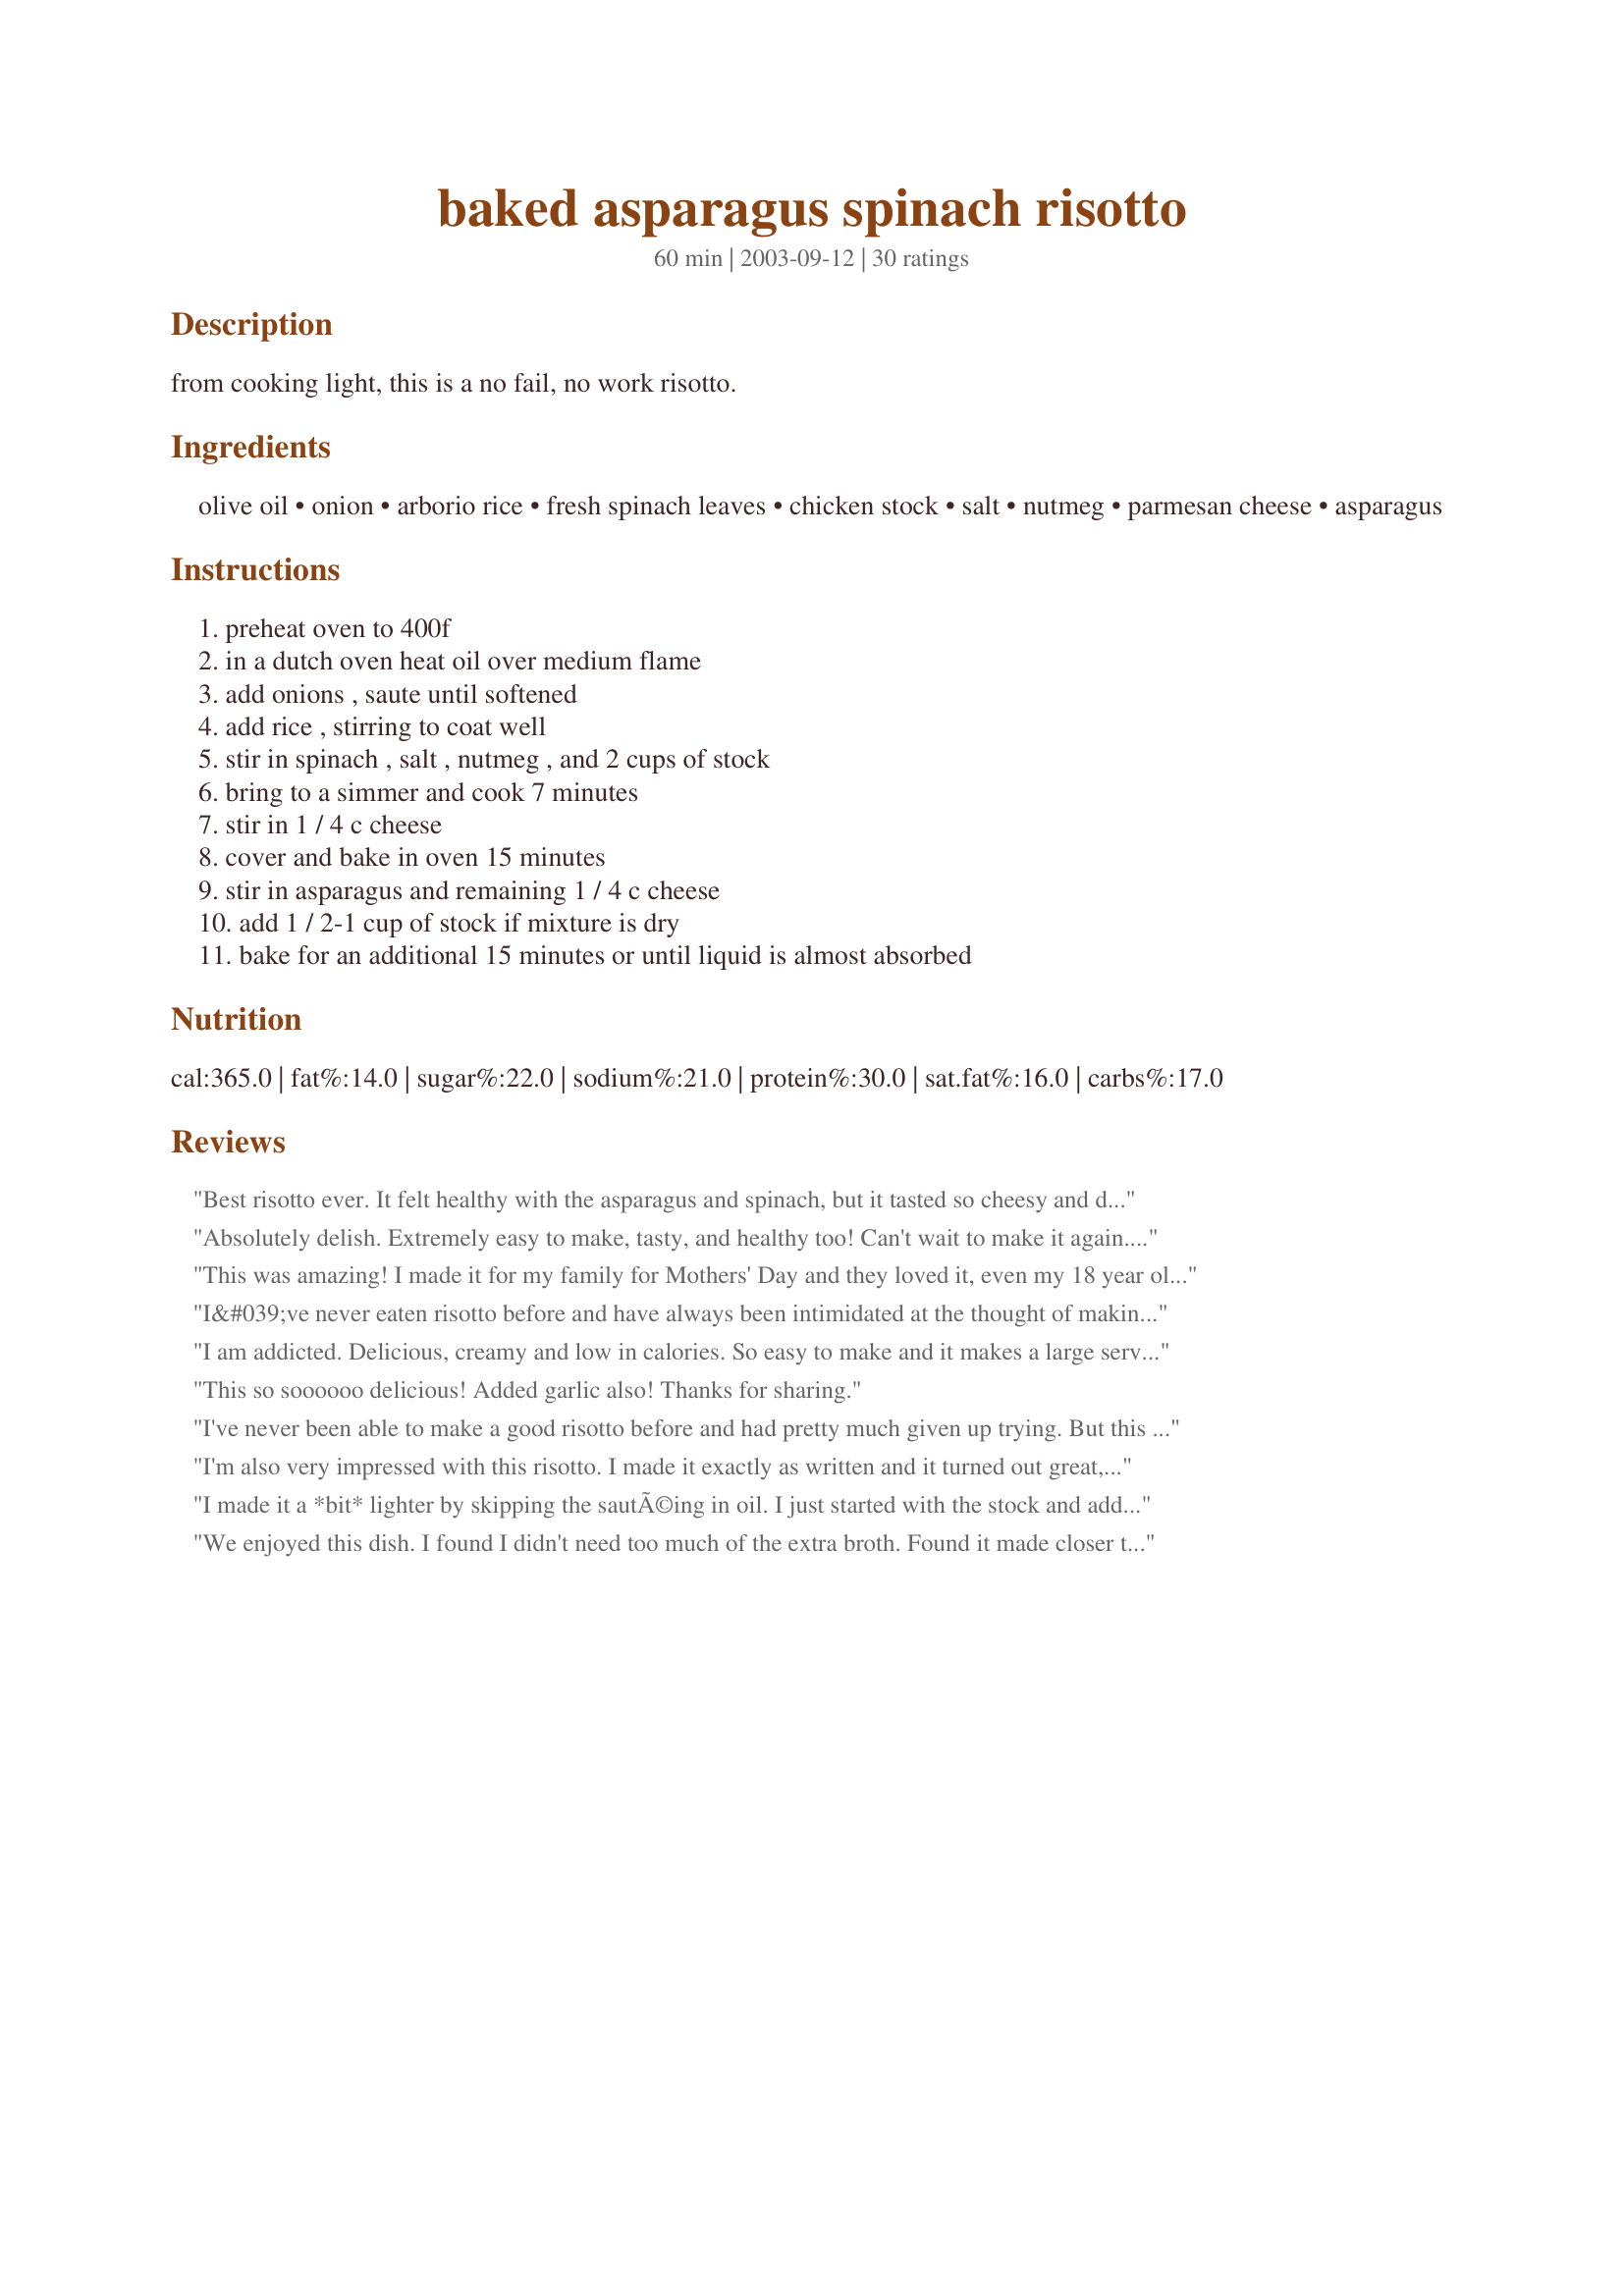
baked asparagus spinach risotto
Preparation time: 60 minutes

from cooking light, this is a no fail, no work risotto.

Ingredients:
olive oil, onion, arborio rice, fresh spinach leaves, chicken stock, salt, nutmeg, parmesan cheese, asparagus

Steps:
preheat oven to 400f, in a dutch oven heat oil over medium flame, add onions , saute until softened, add rice , stirring to coat well, stir in spinach , salt , nutmeg , and 2 cups of stock, bring to a simmer and cook 7 minutes, stir in 1 / 4 c cheese, cover and bake in oven 15 minutes, stir in asparagus and remaining 1 / 4 c cheese, add 1 / 2-1 cup of stock if mixture is dry, bake for an additional 15 minutes or until liquid is almost absorbed

Reviews:
Best risotto ever. It felt healthy with the asparagus and spinach, but it tasted so cheesy and decadent! Thank you, Chia!
Absolutely delish. Extremely easy to make, tasty, and healthy too! Can't wait to make it again. Thanks for posting!
This was amazing! I made it for my family for Mothers' Day and they loved it, even my 18 year old brother who normally only eats pizza! I added in mushrooms with the onion and it turned out really well :) thanks for a great recipe!
I&#039;ve never eaten risotto before and have always been intimidated at the thought of making it.Plus, most recipes are pretty fattening. This was a breeze to make. I added some chopped mushroom while the onions cooked and used veggie broth. I have to admit, I kind of wish I would have added more cheese, but it was yummy as is. I agree with other reviewers that you could mix up the veggies with great success. Thanks for posting the recipe.
I am addicted. Delicious, creamy and low in calories. So easy to make and it makes a large serving for four. Sometimes I triple the spinach and leave out the asparagus or throw in some baby tomatoes. Love it.
This so soooooo delicious! Added garlic also! Thanks for sharing.
I've never been able to make a good risotto before and had pretty much given up trying. But this came out perfect, and was just fantastic! This one's a keeper.
I'm also very impressed with this risotto. I made it exactly as written and it turned out great, very creamy and delicious. I loved how the asparagus still had a 'snap' to it, which is how we like it. Thanks so much for this recipe Chia :)
I made it a *bit* lighter by skipping the sautÃ©ing in oil. I just started with the stock and added the rice and onion to that. Aside from that I followed the directions and got a delightful risotto. This method of making the classic rice dish in the oven work's perfectly. There's no need for all that stirring. I love this way of making it. Made for ZWT4.
We enjoyed this dish. I found I didn't need too much of the extra broth. Found it made closer to 6 servings for us but it will be good for leftovers. Thanks for sharing.
This is an absolute keeper!! I used a small container of lump crab meat instead of the chicken and maybe a tad more cheese than called for. Never again will I ignore my dinner guests because I am too busy stirring my risotto!!
Chia, this recipe was delicious! Although I did make just a few changes to use ingredients I had on hand. I replaced the spinach with collard greens and added 2 minced cloves of garlic to the onion sautee to add to the flavor of the collards. I also replaced the chicken broth with vegetable broth. The flavor was terrific!! We are looking forward to having this recipe again!
This is a great risotto,easy to make and no need to keep turning like a stove top risotto.Creamy and delicious!!!
What a phenomenal risotto! I was a bit sceptical about a baked risotto, but it turned out lovely. I doubled the recipe (Thank God) and somehow forgot the spinach. I am sure this recipe will adapt well to other variations. Thanks for sharing this simple, delicious recipe!
I've made this several times and it always turns out wonderfully.
Excellent! I used broccoli and peas instead of asparagus, Asiago instead of Parmesan. I see lots of variation possibilities with this recipe, and it's both easy and delicious enough that I know I will make this often. Thank you!
The texture of this is amazingly rich and perfect. Being vegetarian I used veg stock and added a bit of crushed red pepper with the nutmeg (we like everything spicy!). I left out the spinach as we had none, but I can't wait to make this again with other veggies. Oh, and I added a clove of garlic with the onions and baked this in my corningware casserole (after starting it in a saucepan). Thanks for a great recipe that is going into my permanent files!
Delicious!! I used a 12" iron skillet and halved the recipe. I also used 3 minced cloves of garlic as others suggested. I left out the salt because my chicken stock was pretty strong and salty already. Very easy to make, turned out exceptional and am eating the leftovers right now.
This turned out great! I made mine using vegetable stock. The only difference for me was in step 10. All the liquid was absorbed and the rice was cooked through after about 7 minutes, which was fine because the asparagus was nice and bright green, and still had a slight crunch to it! Just the way I like it.
What a great recipe! I have tried traditional risotto many times and have yet to master it. This was simple and turned out perfect. Even my meat and potatos husband like it! Thanks!
Reall impressed with this. I also made this using vegetable stock and as I don't have a Dutch oven, I did the frying in a large frying pan and then transferred it to a casserole dish with a lid for the baking part. Fantastic last minute recipe one night after work and will definitely do again.
this was very easy and very delicious, too. i loved the risotto, but my asparagus was way too well cooked. next time i make it, i will add the asparagus about 5 minutes before the recipe is done and also add 1/4 more grated cheese. thanks chia.
My family loved this. I used California short grain rice instead of arborio and this came out great!
The best risotto I've ever made. It turns out perfectly every time without needing to stand over it carefully adding broth. You can actually walk away from it and do something else while it's cooking and it will still turn out perfect! For risotto, that's like a miracle. Make sure you use thin stalks of asparagus in this. I also add the juice of one lemon to the last round of baking.
Wonderful flavor! This was so easy to make - next time I'll add mushrooms.
This was good; thought it was a little bland. I wanted to add some fresh garlic, but didn't have any and did have to use frozen spinach. Plus I added a little more parmesan. I made a half recipe and it made at least 3, if not 4, servings.
Great dish! very easy to make!
I will definitely make this again.
This was wonderful! Followed directions but also added some red pepper flakes. Perfect and thank you for posting.
This technique is so much easier than making other risottos. It is really great tasting, and will be made again and again for my family!
This was a nice variation on standard risotto. I wasn't sure whether to uncover the dish for after mixing in the asparagus, so I did and needed 1/2 cup broth. Everything came out to a great texture.
